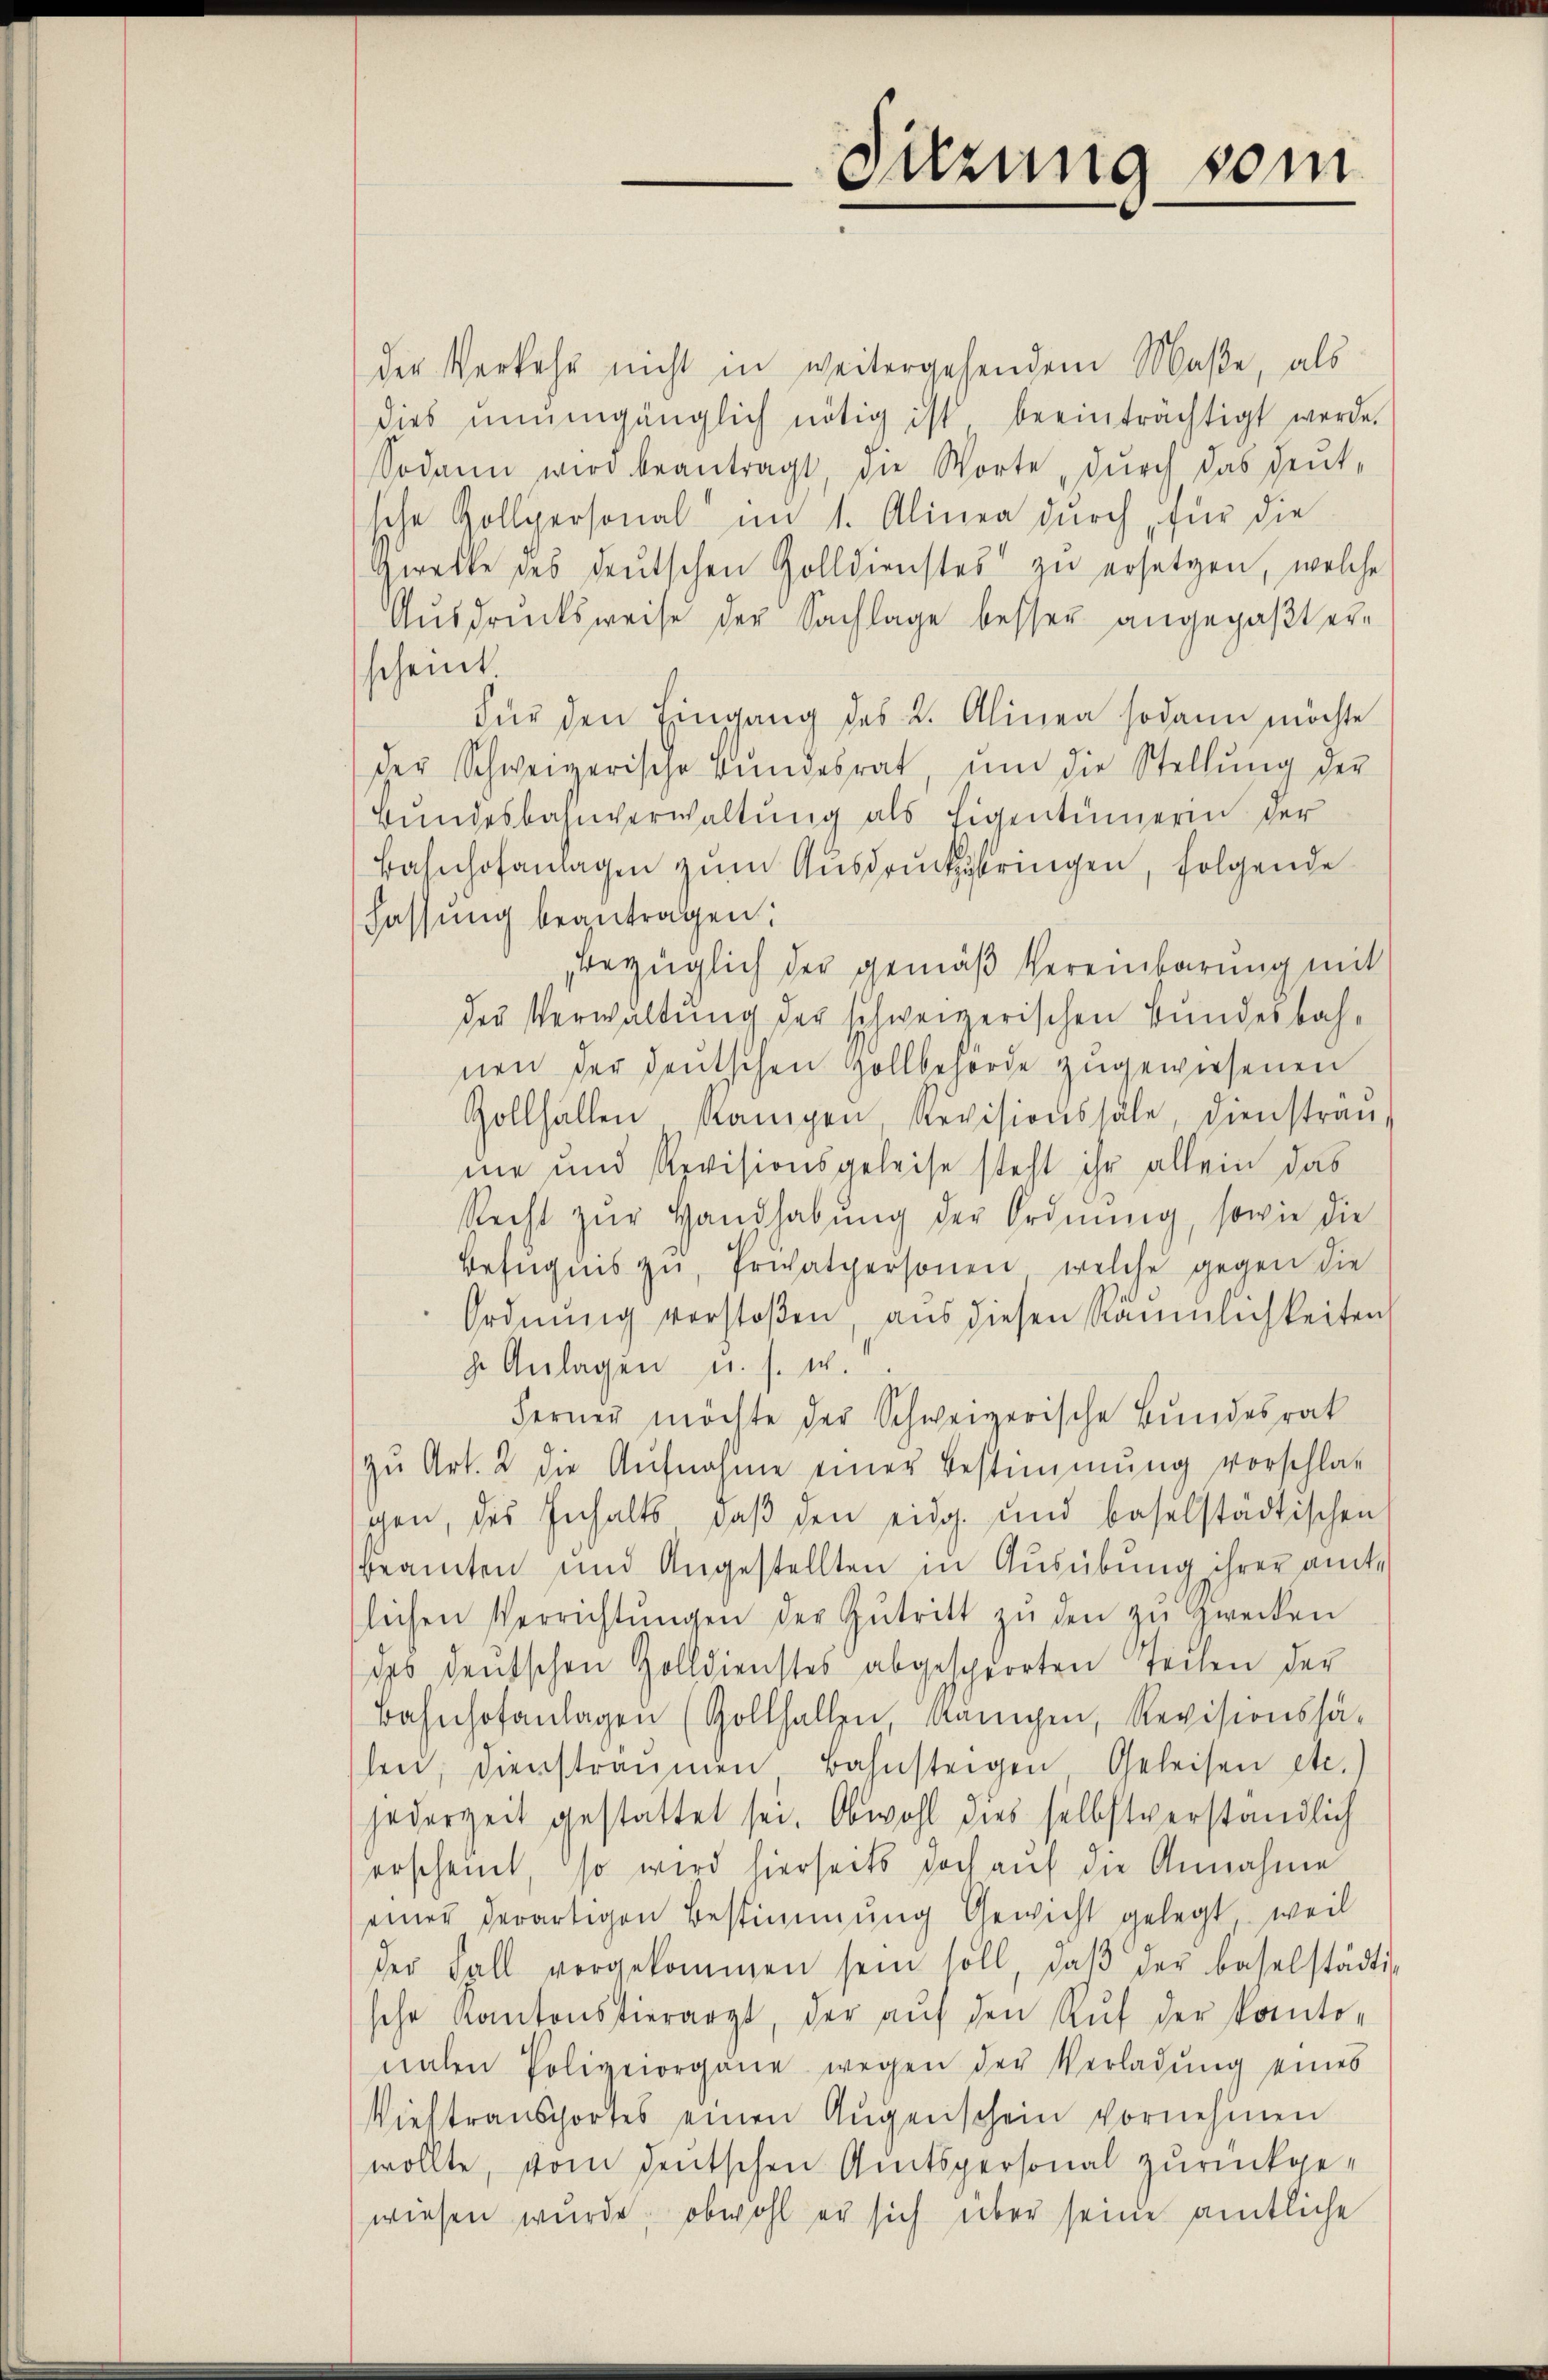
der Verkehr nicht in weitergehendem Maße, als
dies unumgänglich nötig ist beeinträchtigt werde.
Sodann wird beantragt, die Worte, dŭrch das deut-
sche Zollpersonal im 1. Alinea durch für die
Gerette des deutschen Zolldienstes zu ersetzen, welche
Ausdrucksweise der Sachlage besser angepaßt erscheint
Für den Eingang des 2. Alinea sodann möchte
der Schweizerische Bundesrat, ŭm die Stellŭng der
Bŭndesbahnverwaltung als Eigentümerin der
Bahnhofanlagen zum Ausdruckbringen, folgende
Fassung beantragen:
bezüglich der gemäß Vereinbarung mit
des Verwaltung der schweizerischen Bundesbahnen der deutschen Zollbehörde zugewiesenen
Zollhallen Rangen, Revisionssale, dienstran-
me und Revisionsgeleise steht ihr allein das
Recht zŭr Handhabŭng der Ordnŭng, sowie die
Befugnis zŭ, Privatpersonen, welche gegen die
Ordnung verstoßen, aus diesen Räumlichkeiten
g. Anlagen u. s. w.
Ferner möchte der Schweizerische Bundesrat
zŭ Art. 2 die Aŭfnahme einer Bestimmung vorschlag
gen, des Inhalts, daβ den eidg. und baselstadtischen
beamten und Angestellten in Ausübung ihrer amte
lichen Verrichtŭngen der Zutritt zŭ den zŭ zwecken
des deutschen Golldienstes abgesperrten Teilen der
Bahnhofanlagen (Gollhallen, Kampen, Revisionshä-
hen, dienstraumen Bahnsteigen Geleisen etc.
jederzeit gestattet sei. Obwohl dies selbstverständlich
erscheint, so wird hierseits doch auf die Annahme
einer derartigen Bestimmung Gewicht gelegt, weil
der Fall vorgekommen sein soll, daβ der Baselstädtische Kantonstierarzt, der aŭf den Aŭf der kanto-
nahen Polizeiorgane wegen der Verladung eines
Viehtransportes einen Augenschein vornehmen
wollte, vom deutschen Amtspersonal zurückgewiesen wurde, obwohl er sich über seine amtliche

Sitzung vom